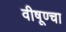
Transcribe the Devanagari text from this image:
वीषूण्चा